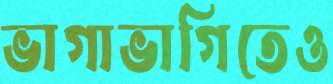
ভাগাভাগিতেও